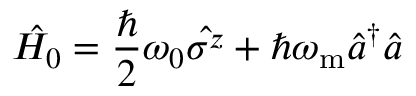
\hat { H _ { 0 } } = \frac { \hbar } { 2 } \omega _ { 0 } \hat { \sigma ^ { z } } + \hbar \omega _ { \mathrm { m } } \hat { a } ^ { \dag } \hat { a }